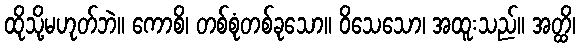
ထိုသို့မဟုတ်ဘဲ။ ကောစိ၊ တစ်စုံတစ်ခုသော။ ဝိသေသော၊ အထူးသည်။ အတ္ထိ၊